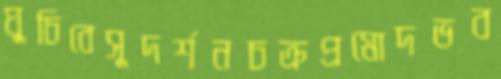
ঘুচিবেসুদর্শনচক্রপ্রমোদভব